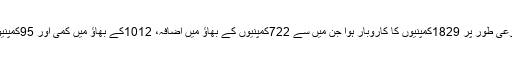
کراچی اسٹاک مارکیٹ میں گزشتہ ہفتہ مجموعی طور پر 1829کمپنیوں کا کاروبار ہوا جن میں سے 722کمپنیوں کے بھاؤ میں اضافہ، 1012کے بھاؤ میں کمی اور 95کمپنیوں کے حصص کی قیمتوں میں استحکام رہا۔